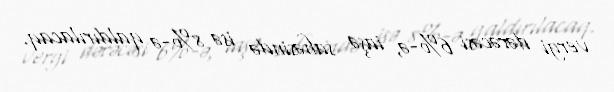
vergi dərəcəsi 6%-ə, iaşə sahəsində isə 8%-ə qaldırılacaq.